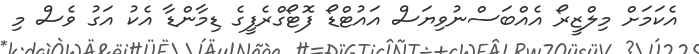
އެކަމަށް މިލްޒީރޯ އެއްބަސްނުވިޔަސް އައުޓްޑޯ ފޮޓޯގްރެފީގެ ޑިމާންޑާ އެކު އަގު ވެސް މި